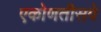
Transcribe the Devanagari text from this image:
एकोणतीसवे